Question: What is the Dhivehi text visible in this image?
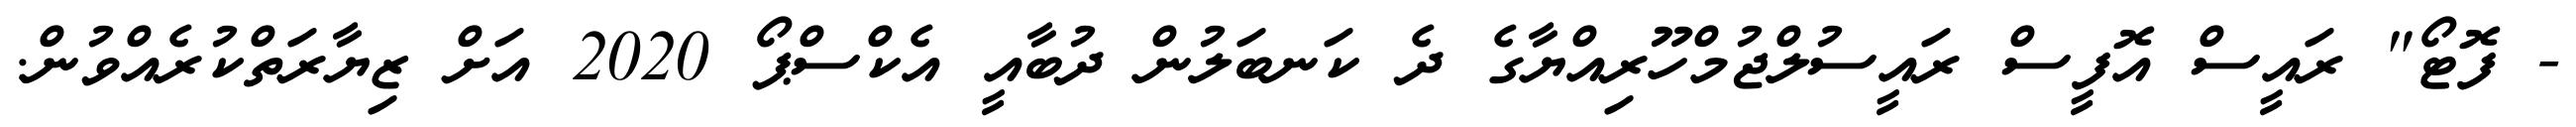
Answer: - ފޮޓޯ" ރައީސް އޮފީސް ރައީސުލްޖުމްހޫރިއްޔާގެ ދެ ކަނބަލުން ދުބާއީ އެކްސްޕޯ 2020 އަށް ޒިޔާރަތްކުރެއްވުން.